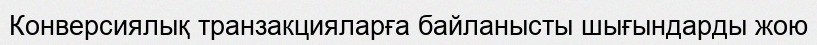
Конверсиялық транзакцияларға байланысты шығындарды жою